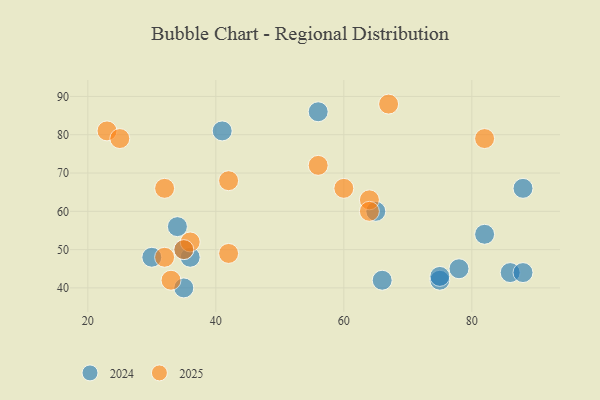
{"axis": {"x": "GDP", "y": "Life Expectancy"}, "legend": ["2024", "2025"], "data": [{"x": "88", "y": 66, "type": "2024"}, {"x": "78", "y": 45, "type": "2024"}, {"x": "36", "y": 48, "type": "2024"}, {"x": "30", "y": 48, "type": "2024"}, {"x": "86", "y": 44, "type": "2024"}, {"x": "56", "y": 86, "type": "2024"}, {"x": "66", "y": 42, "type": "2024"}, {"x": "75", "y": 42, "type": "2024"}, {"x": "34", "y": 56, "type": "2024"}, {"x": "65", "y": 60, "type": "2024"}, {"x": "75", "y": 43, "type": "2024"}, {"x": "88", "y": 44, "type": "2024"}, {"x": "41", "y": 81, "type": "2024"}, {"x": "35", "y": 50, "type": "2024"}, {"x": "82", "y": 54, "type": "2024"}, {"x": "35", "y": 40, "type": "2024"}, {"x": "56", "y": 72, "type": "2025"}, {"x": "60", "y": 66, "type": "2025"}, {"x": "67", "y": 88, "type": "2025"}, {"x": "32", "y": 66, "type": "2025"}, {"x": "36", "y": 52, "type": "2025"}, {"x": "35", "y": 50, "type": "2025"}, {"x": "33", "y": 42, "type": "2025"}, {"x": "82", "y": 79, "type": "2025"}, {"x": "64", "y": 63, "type": "2025"}, {"x": "42", "y": 49, "type": "2025"}, {"x": "23", "y": 81, "type": "2025"}, {"x": "25", "y": 79, "type": "2025"}, {"x": "64", "y": 60, "type": "2025"}, {"x": "42", "y": 68, "type": "2025"}, {"x": "32", "y": 48, "type": "2025"}]}